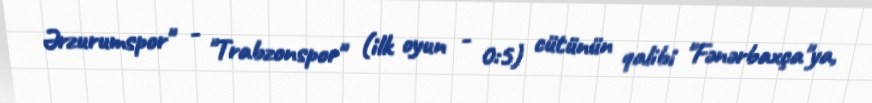
Ərzurumspor" - "Trabzonspor" (ilk oyun - 0:5) cütünün qalibi "Fənərbaxça"ya,